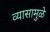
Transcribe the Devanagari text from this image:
व्यासामुळे